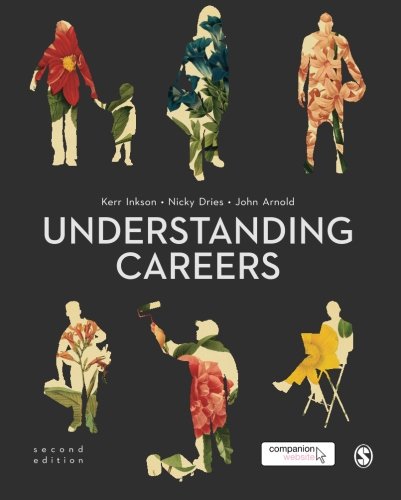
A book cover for Understanding Careers; Kerr Inkson; Business & Money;